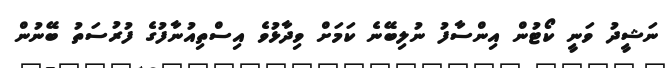
ނަޝީދު ވަނީ ކޯޓުން އިންސާފު ނުލިބޭނެ ކަމަށް ވިދާޅުވެ އިސްތިއުނާފުގެ ފުރުސަތު ބޭނުން